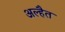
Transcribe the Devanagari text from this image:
अल्हैत